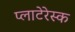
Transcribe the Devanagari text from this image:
प्लाटेरेस्क